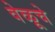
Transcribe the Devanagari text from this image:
वेळूचे